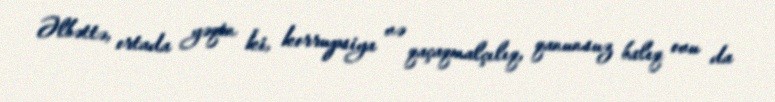
Əlbəttə, ortada yəqin ki, korrupsiya və qaçaqmalçılıq, qanunsuz balıq ovu da